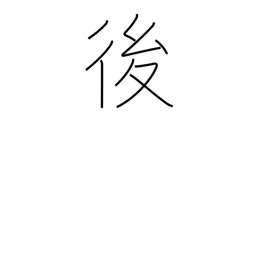
Meaning: later